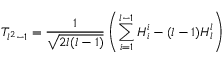
T _ { l ^ { 2 } - 1 } = \frac { 1 } { \sqrt { 2 l ( l - 1 ) } } \left( \sum _ { i = 1 } ^ { l - 1 } H _ { i } ^ { i } - ( l - 1 ) H _ { l } ^ { l } \right)